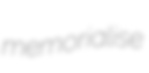
memorialise